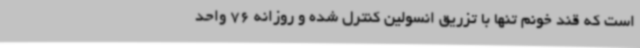
است که قند خونم تنها با تزریق انسولین کنترل شده و روزانه 76 واحد